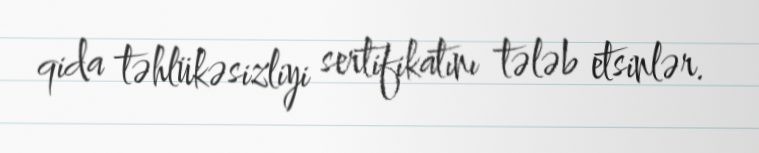
qida təhlükəsizliyi sertifikatını tələb etsinlər.